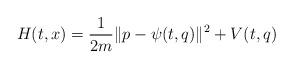
LaTeX: \begin{align*}H(t,x)=\frac{1}{2 m}\|p-\psi(t,q)\|^2+V(t,q)\end{align*}